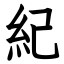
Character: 紀